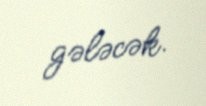
gələcək.